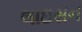
લાઇસન